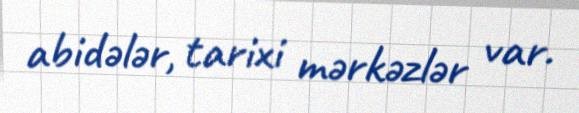
abidələr, tarixi mərkəzlər var.